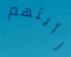
رأيتهم